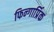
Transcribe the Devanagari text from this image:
फिन्गार्प्रिक